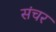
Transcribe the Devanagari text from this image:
संचर